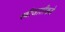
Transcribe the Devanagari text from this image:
स्त्रीजातीकडे